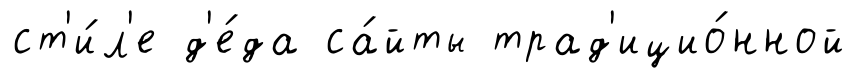
ст'и́л'е д'е́да са́йты трад'ицио́нной